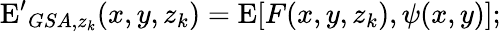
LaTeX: \mathrm{E^{\prime}}_{GSA,z_{k}}(x,y,z_{k})=\mathrm{E}[F(x,y,z_{k}),\psi(x,y)];